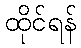
ထိုင်ရန်